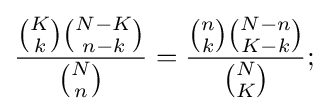
{{K \choose k}{N-K \choose n-k} \over {N \choose n}}={{{n \choose k}{{N-n} \choose {K-k}}} \over {N \choose K}};